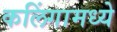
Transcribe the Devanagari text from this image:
कलिंगामध्ये